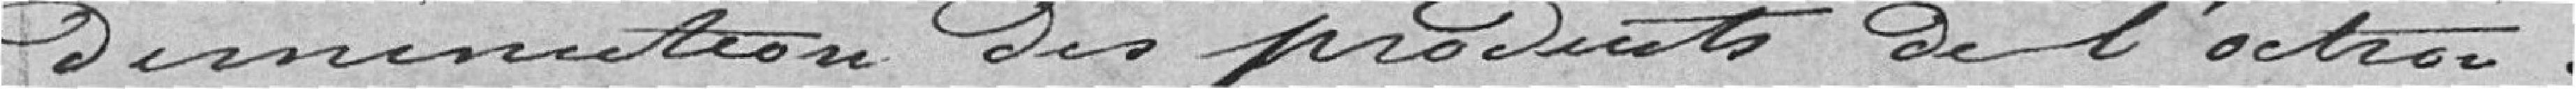
diminution des produits de l'octroi .